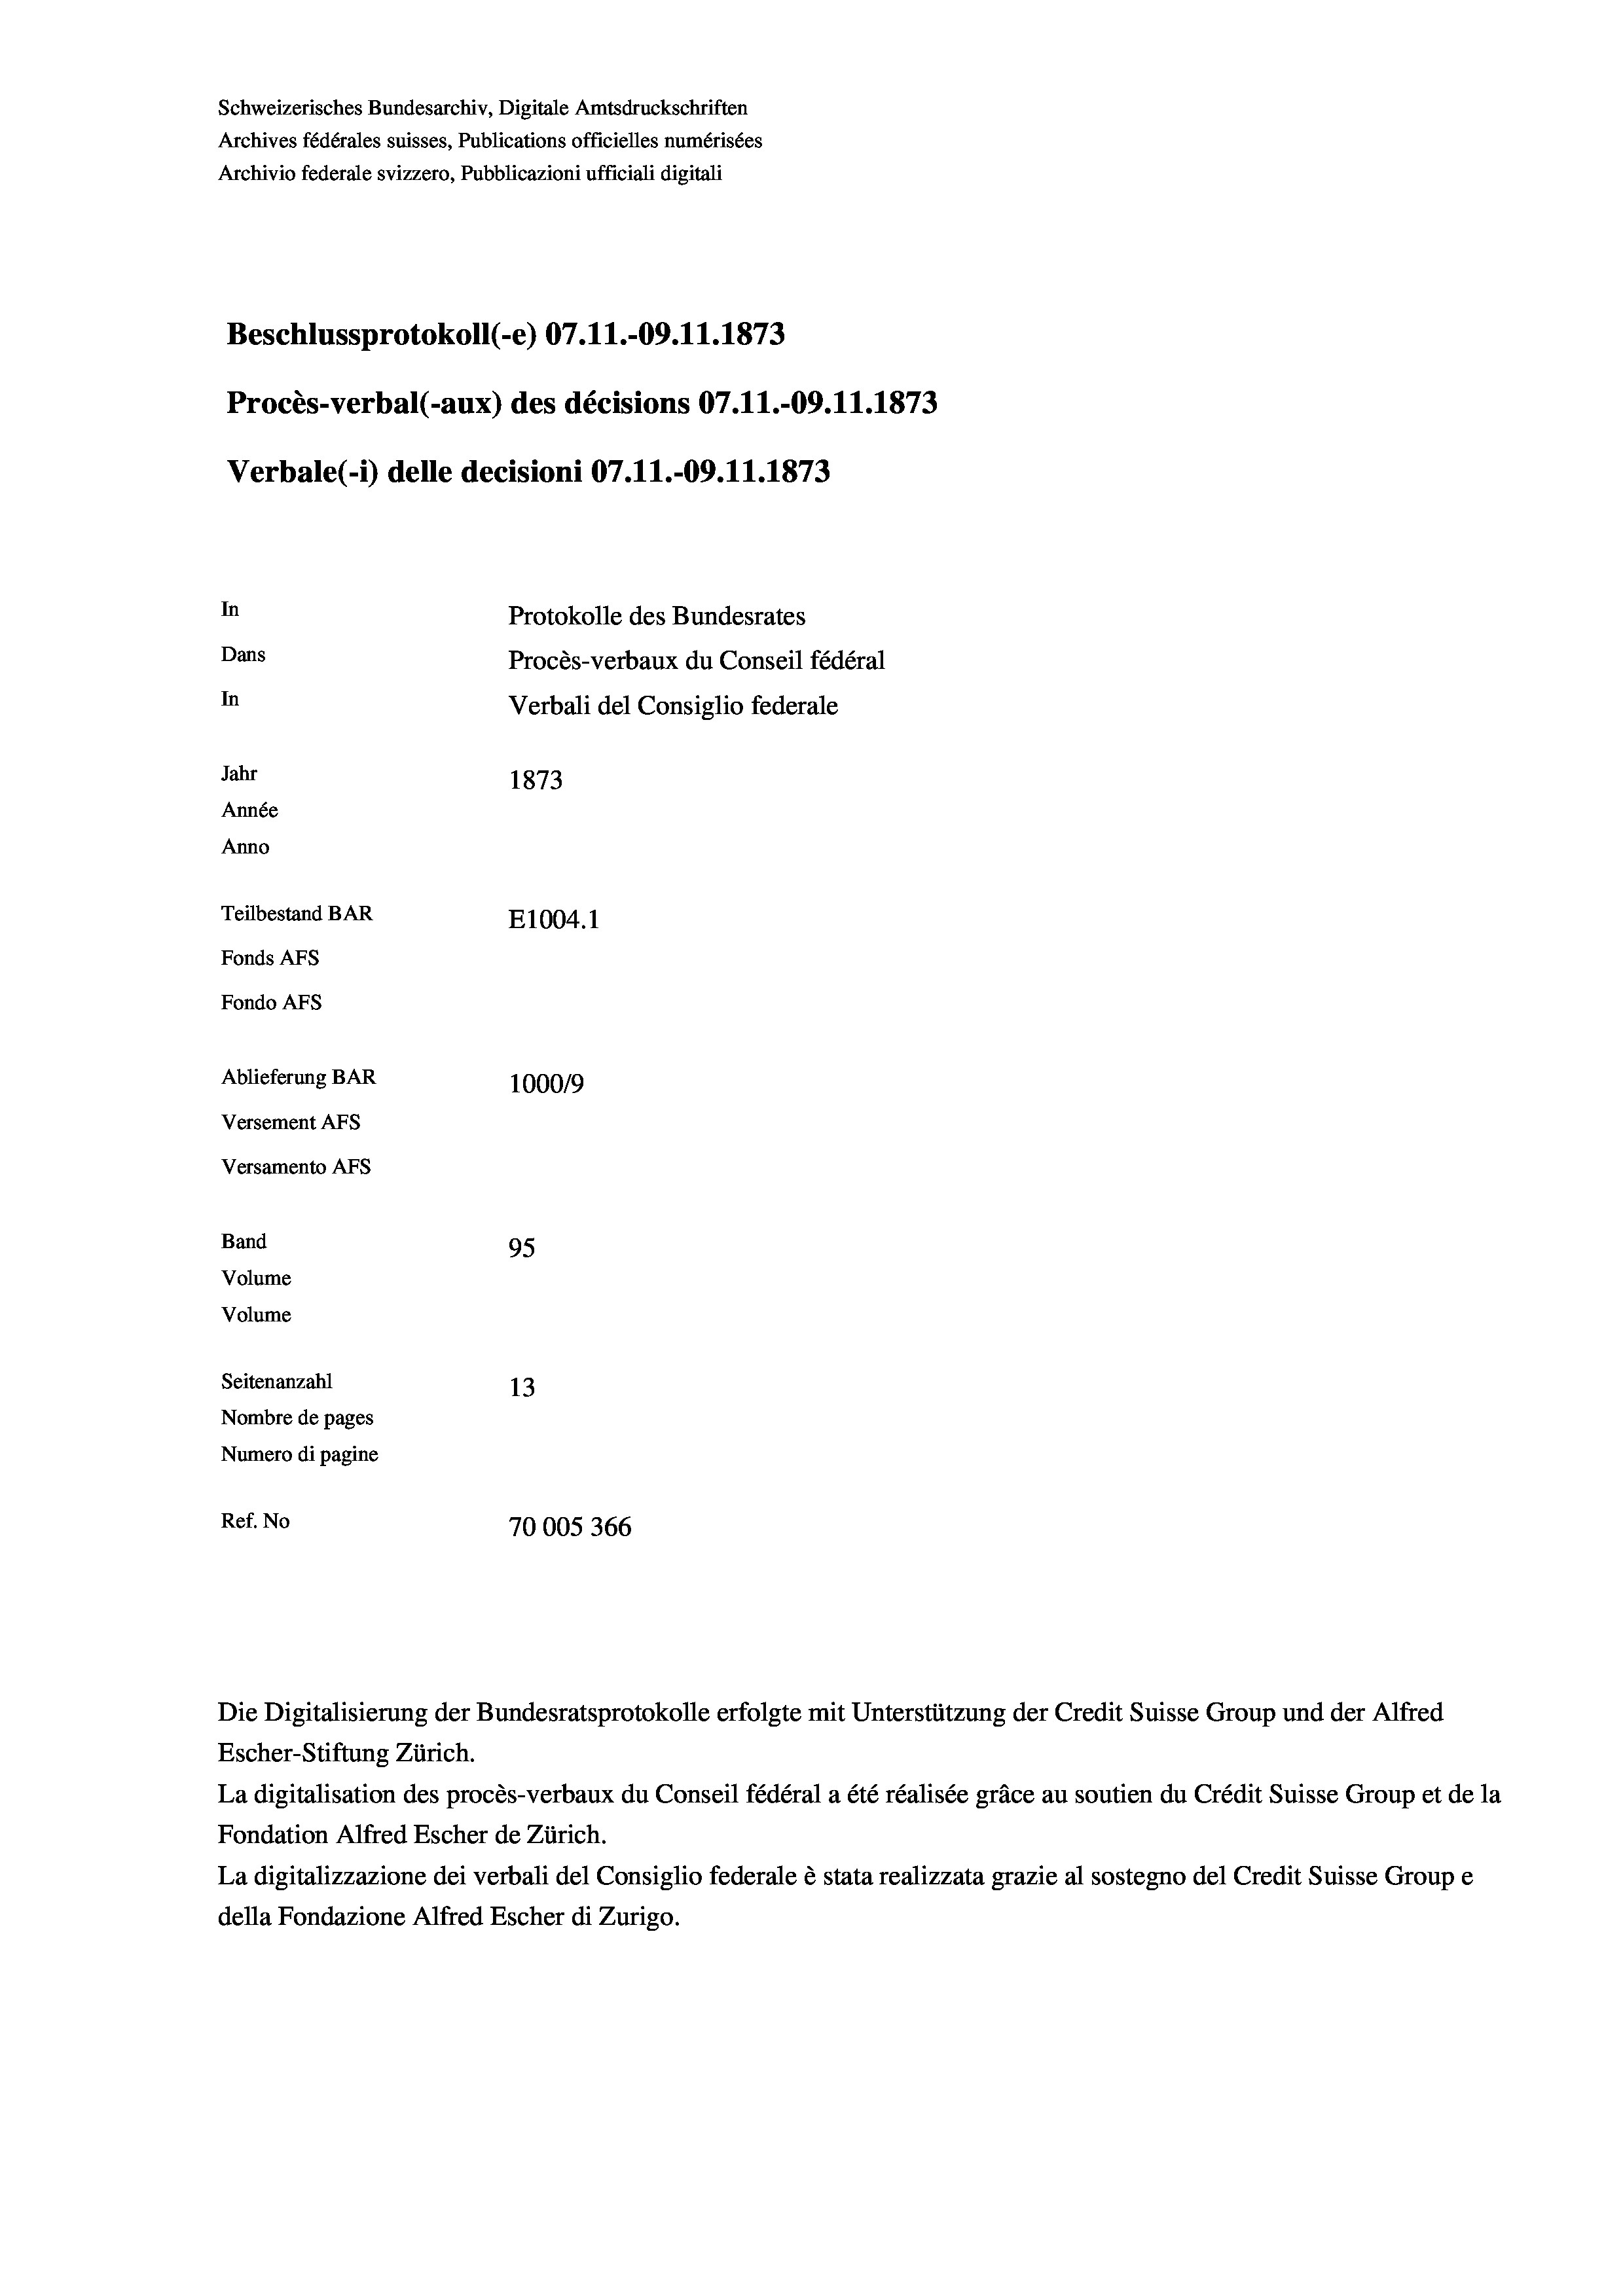
Schweizerisches Bundesarchiv, Digitale Amtsdruckschriften
Archives fédérales suisses, Publications officielles numérisées
Archivio federale svizzero, Pubblicazioni ufficiali digitali
Beschlussprotokoll (-e) 07.11.-09. 11. 1873
Procès-verbal (-aux) des décisions 07.11.-09.11.1873
Verbale(*) delle decisioni 07.11.-09. 11. 1873
In
Protokolle des Bundesrates
Dans
Procès-verbaux du Conseil fédéral
In
Verbali del Consiglio federale
Jahr
1873
Année
Anno
Teilbestand BAR
E1004. 1
Fonds Afs
Fondo Afs
Ablieferung BAR
100019
Versement Ans
Versamento Afs
Band
95
Volume
Volume
Seitenanzahl
13
Nombre de pages
Numero di pagine
Ref. No
70005366

Escher-Stiftung Zürich.
La digitalisation des procès-verbaux du Conseil fédéral a été réalisée gräce au soutien du Crédit Suisse Group et de la
Fondation Alfred Escher de Zürich.
La digitalizzazione dei verbali del Consiglio federale è stata realizzata grazie al sostegno del Credit Suisse Groupe
della Fondazione Alfred Escher di Zurigo.

Die Digitalisierung der Bundesratsprotokolle erfolgte mit Unterstützung der Credit Suisse Group und der Alfred